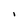
Character: I